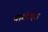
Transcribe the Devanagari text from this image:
बागोदरा